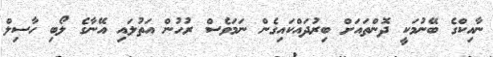
ނާއިކްގެ ބޭނުމަކީ ދޮންތައަށް ބިރުދައްކައިގެން ނަމަވެސް ރުހުން އަތުލައި އޭނާގެ ލޯބި ހާސިލް